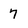
Character: 7